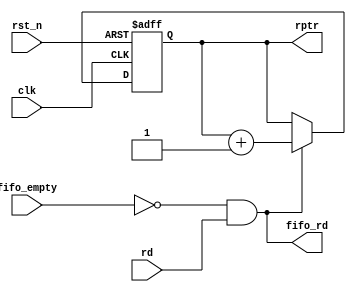
 module read_pointer(rptr,fifo_rd,rd,fifo_empty,clk,rst_n);  
  input rd,fifo_empty,clk,rst_n;  
  output[4:0] rptr;  
  output fifo_rd;  
  reg[4:0] rptr;  
  assign fifo_rd = (~fifo_empty)& rd;  
  always @(posedge clk or negedge rst_n)  
  begin  
   if(~rst_n) rptr <= 5'b0;  
   else if(fifo_rd)  
    rptr <= rptr + 5'b00001;  
   else  
    rptr <= rptr;  
  end  
 endmodule